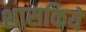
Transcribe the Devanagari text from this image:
शासकिये